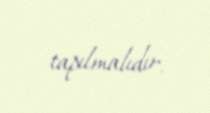
tapılmalıdır.